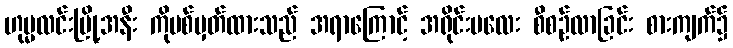
ဟုမ္မလင်းမြို့အနီး ကိုပစ်မှတ်ထားသည် အရာကြောင့် အရိုင်းမလေး စီစဉ်လာခြင်း စားကျက်၌